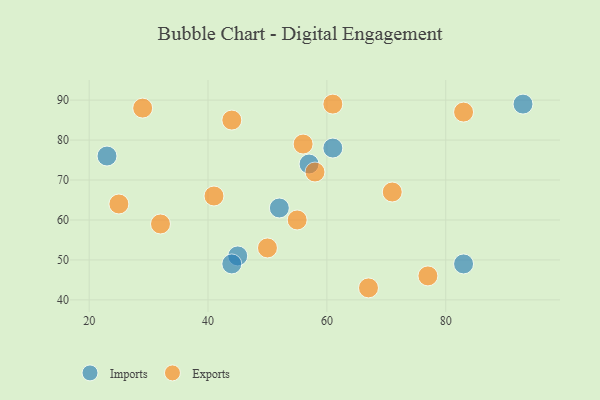
{"axis": {"x": "GDP", "y": "Life Expectancy"}, "legend": ["Exports", "Imports"], "data": [{"x": "83", "y": 49, "type": "Imports"}, {"x": "45", "y": 51, "type": "Imports"}, {"x": "23", "y": 76, "type": "Imports"}, {"x": "93", "y": 89, "type": "Imports"}, {"x": "57", "y": 74, "type": "Imports"}, {"x": "61", "y": 78, "type": "Imports"}, {"x": "52", "y": 63, "type": "Imports"}, {"x": "44", "y": 49, "type": "Imports"}, {"x": "58", "y": 72, "type": "Exports"}, {"x": "83", "y": 87, "type": "Exports"}, {"x": "25", "y": 64, "type": "Exports"}, {"x": "29", "y": 88, "type": "Exports"}, {"x": "67", "y": 43, "type": "Exports"}, {"x": "77", "y": 46, "type": "Exports"}, {"x": "55", "y": 60, "type": "Exports"}, {"x": "61", "y": 89, "type": "Exports"}, {"x": "41", "y": 66, "type": "Exports"}, {"x": "44", "y": 85, "type": "Exports"}, {"x": "71", "y": 67, "type": "Exports"}, {"x": "56", "y": 79, "type": "Exports"}, {"x": "32", "y": 59, "type": "Exports"}, {"x": "50", "y": 53, "type": "Exports"}]}